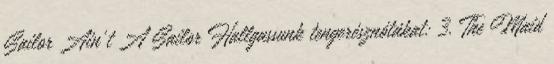
Sailor Ain't A Sailor Hallgassunk tengerésznótákat: 3. The Maid